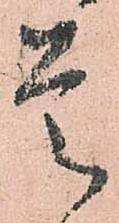
是